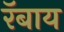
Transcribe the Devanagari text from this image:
रॅबाय